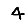
Digit: 4